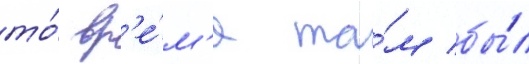
то́ вр'е́м'я та́м бы́л